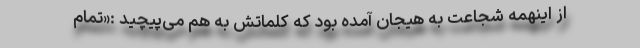
از اینهمه شجاعت به هیجان آمده بود که کلماتش به هم می‌پیچید :«تمام